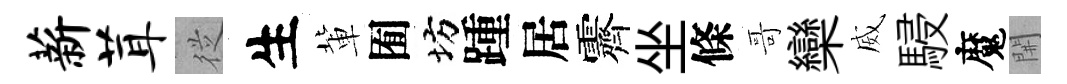
薪茸従生軰囿坊踵居霽坐條哥欒威駸魔𨳩